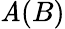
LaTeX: \mathit{A}(B)